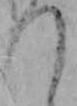
つ